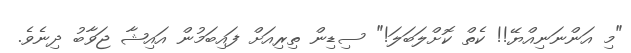
"މި އަންނަނިއްޔޭ!! ކެތް ކޮށްލަބަލަަ!" ސިޑިން ތިރިއަށް ފައިބަމުން އައިޝާ ޖަވާބު ދިނެވެ.